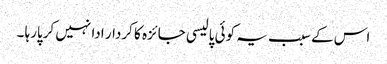
اس کے سبب یہ کوئی پالیسی جائزہ کا کردار ادا نہیں کرپارہا ۔